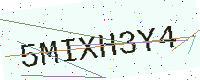
Text: 5MIXH3Y4